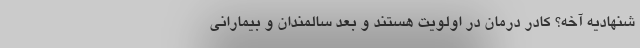
شنهادیه آخه؟ کادر درمان در اولویت هستند و بعد سالمندان و بیمارانی